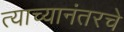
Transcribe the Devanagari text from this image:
त्याच्यानंतरचे